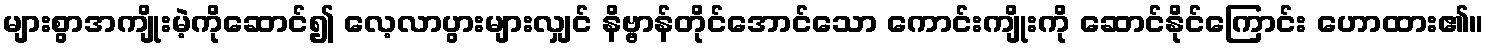
များစွာအကျိုးမဲ့ကိုဆောင်၍ လေ့လာပွားများလျှင် နိဗ္ဗာန်တိုင်အောင်သော ကောင်းကျိုးကို ဆောင်နိုင်ကြောင်း ဟောထား၏။